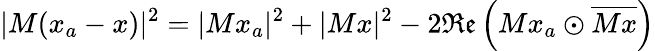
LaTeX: |M(x_{a}-x)|^{2}=|Mx_{a}|^{2}+|Mx|^{2}-2\mathfrak{Re}\left(Mx_{a}\odot\overline{{Mx}}\right)